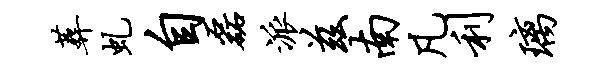
葬虬自磊派兹南凡利璃